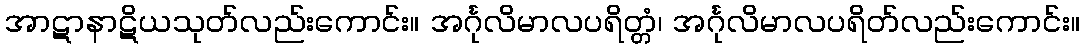
အာဋာနာဋိယသုတ်လည်းကောင်း။ အင်္ဂုလိမာလပရိတ္တံ၊ အင်္ဂုလိမာလပရိတ်လည်းကောင်း။